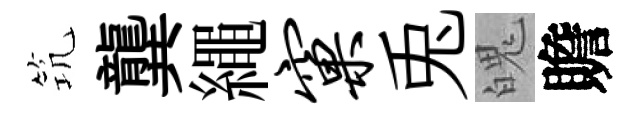
𥬑龔繩窠兎魄贍